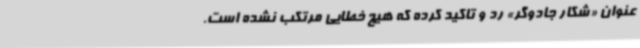
عنوان «شکار جادوگر»‌ رد و تاکید کرده که هیچ خطایی مرتکب نشده است.